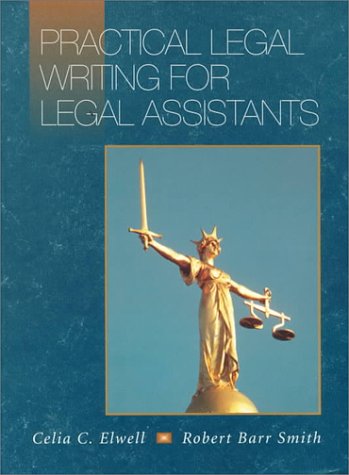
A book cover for Practical Legal Writing for Legal Assistants; Celia Elwell; Law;